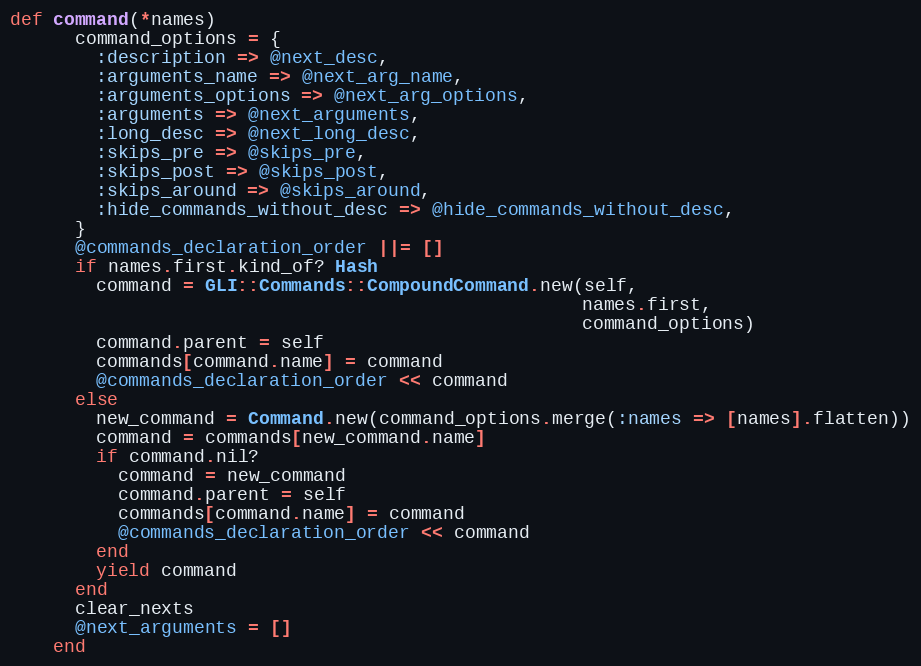
Language: Ruby
def command(*names)
      command_options = {
        :description => @next_desc,
        :arguments_name => @next_arg_name,
        :arguments_options => @next_arg_options,
        :arguments => @next_arguments,
        :long_desc => @next_long_desc,
        :skips_pre => @skips_pre,
        :skips_post => @skips_post,
        :skips_around => @skips_around,
        :hide_commands_without_desc => @hide_commands_without_desc,
      }
      @commands_declaration_order ||= []
      if names.first.kind_of? Hash
        command = GLI::Commands::CompoundCommand.new(self,
                                                     names.first,
                                                     command_options)
        command.parent = self
        commands[command.name] = command
        @commands_declaration_order << command
      else
        new_command = Command.new(command_options.merge(:names => [names].flatten))
        command = commands[new_command.name]
        if command.nil?
          command = new_command
          command.parent = self
          commands[command.name] = command
          @commands_declaration_order << command
        end
        yield command
      end
      clear_nexts
      @next_arguments = []
    end